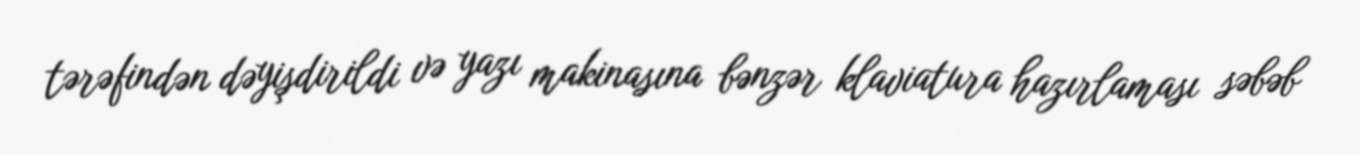
tərəfindən dəyişdirildi və yazı makinasına bənzər klaviatura hazırlaması səbəb